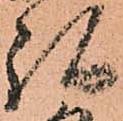
弘